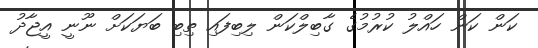
ކަން ކަން ހައްލު ކުރުމުގެ ގާބިލްކަން ލިބިފައި ތިބި ބަޔަކަށް ނޫނީ އީޖާދު